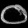
Digit: ၀